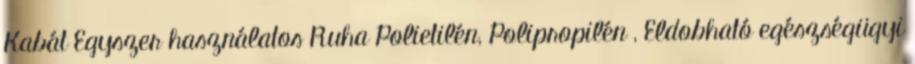
Kabát Egyszer használatos Ruha Polietilén, Polipropilén , Eldobható egészségügyi